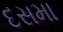
દસમા